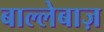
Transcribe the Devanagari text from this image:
बाल्लेबाज़